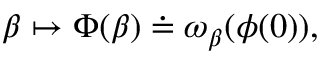
\beta \mapsto \Phi ( \beta ) \doteq \omega _ { \beta } ( \phi ( 0 ) ) ,